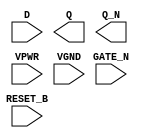
module sky130_fd_sc_hs__dlrbn (
    RESET_B,
    D      ,
    GATE_N ,
    Q      ,
    Q_N    ,
    VPWR   ,
    VGND
);

    input  RESET_B;
    input  D      ;
    input  GATE_N ;
    output Q      ;
    output Q_N    ;
    input  VPWR   ;
    input  VGND   ;
endmodule